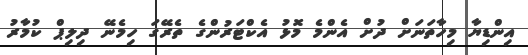
އިންޑިޔާ މިހާތަނަށް ދުށް އެންމެ މޮޅު އެކްޓަރުންގެ ތެރޭގަ ހިމެނޭ ދިލިޕް ކުމާރު